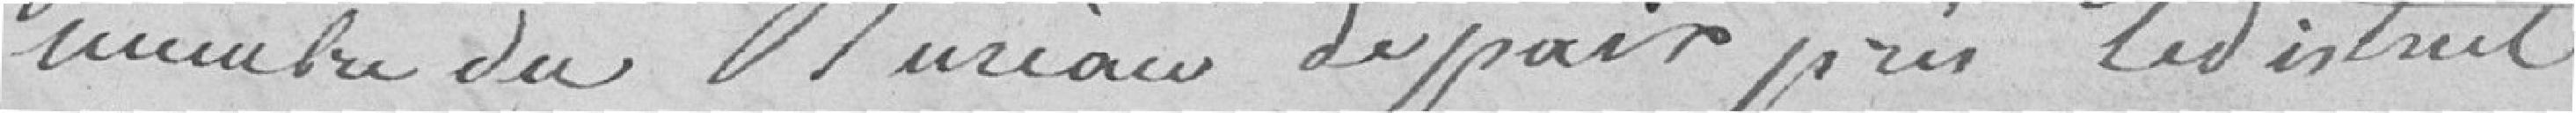
membre du bureau de paix prés le district